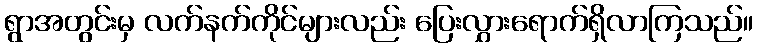
ရွာအတွင်းမှ လက်နက်ကိုင်များလည်း ပြေးလွှားရောက်ရှိလာကြသည်။